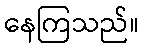
နေကြသည်။